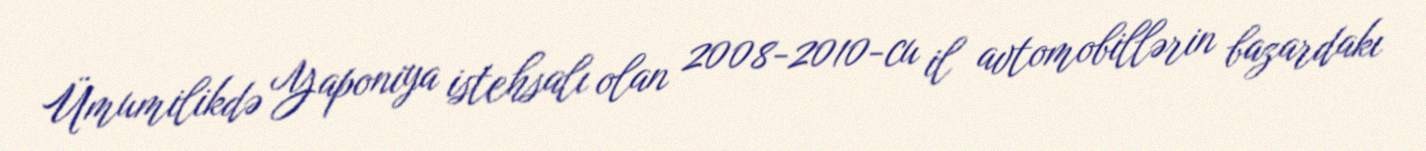
Ümumilikdə Yaponiya istehsalı olan 2008-2010-cu il avtomobillərin bazardakı